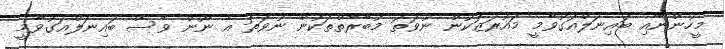
މީހުންނާއި ބައިނަލްއަގުވާމީ މައުރަޒަކުން ނުވަތަ މުބާރާތްތަކުން ނުވަތަ އެ ނޫން ވެސް ބައިނަލްއަގުވާމީ